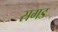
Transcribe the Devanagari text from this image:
सगड